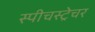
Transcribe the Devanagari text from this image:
स्पीचस्ट्रेचर